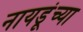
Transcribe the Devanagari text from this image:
नायडूंच्या